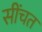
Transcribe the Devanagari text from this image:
सींचत